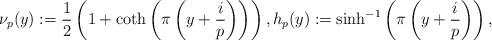
LaTeX: \begin{align*} \nu_p(y)&:=\frac{1}{2}\left ( 1+\coth\left (\pi\left(y+\frac{i}{p}\right ) \right )\right ), h_p(y):= \sinh^{-1}\left (\pi \left(y+\frac{i}{p}\right )\right ),\end{align*}